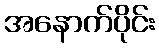
အနောက်ပိုင်း